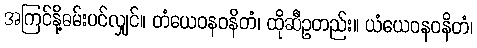
အကြင်နို့ဓမ်းပင်လျှင်။ တံယေဝနဝနိတံ၊ ထိုဆီဥတည်း။ ယံယေဝနဝနိတံ၊